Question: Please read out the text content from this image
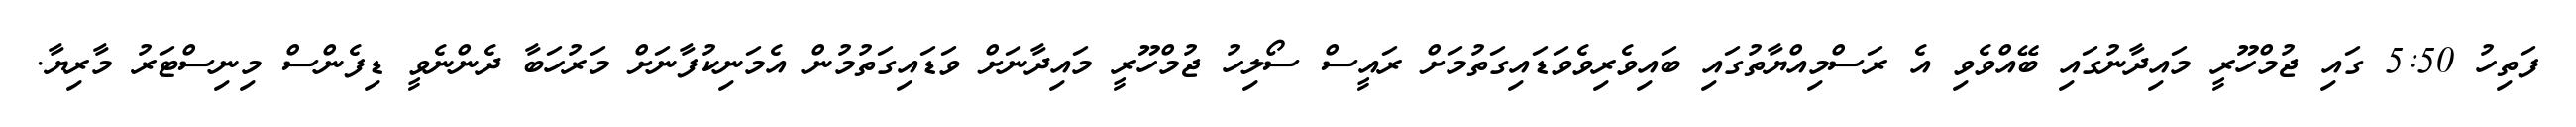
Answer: ފަތިހު 5:50 ގައި ޖުމްހޫރީ މައިދާނުގައި ބޭއްވެވި އެ ރަސްމިއްޔާތުގައި ބައިވެރިވެވަޑައިގަތުމަށް ރައީސް ސޯލިހު ޖުމްހޫރީ މައިދާނަށް ވަޑައިގަތުމުން އެމަނިކުފާނަށް މަރުހަބާ ދެންނެވީ ޑިފެންސް މިނިސްޓަރު މާރިޔާ.